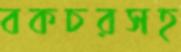
বকচরসহ